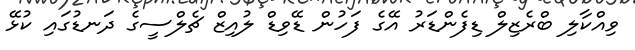
ވިއްކާލި ބްރެޒިލް ޑިފެންޑަރު އޭގެ ފަހުން ޑޭވިޑް ލުއިޒް ޗެލްސީގެ ދަނޑުގައި ކުޅޭ